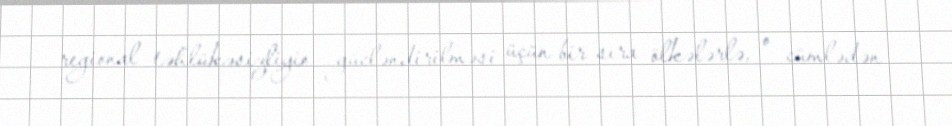
regional təhlükəsizliyin gücləndirilməsi üçün bir sıra ölkələrlə, o cümlədən